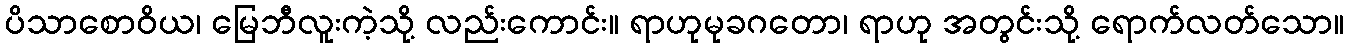
ပိသာစောဝိယ၊ မြေဘီလူးကဲ့သို့ လည်းကောင်း။ ရာဟုမုခဂတော၊ ရာဟု အတွင်းသို့ ရောက်လတ်သော။